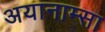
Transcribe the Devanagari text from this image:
अयानाम्सा